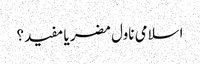
اسلامی ناول مضر یا مفید؟